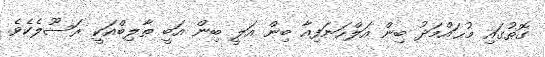
ގޮތުގައި މުޙައްމަދު ބިން އަލްހަނަފިއާ ބިން އަލީ ބިން އަބީ ޠާލިބްއަކީ ރަސޫލެކެވެ.